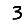
Digit: 3